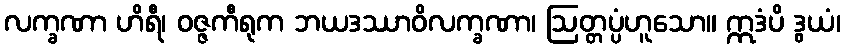
လက္ခဏာ ဟိရီ၊ ဝဇ္ဇကီရုက ဘယဒဿာဝိလက္ခဏာ၊ ဩတ္တပ္ပံဟူသော။ ဣဒံပိ ဒွယံ၊